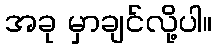
အခု မှာချင်လို့ပါ။